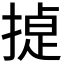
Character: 𭡸